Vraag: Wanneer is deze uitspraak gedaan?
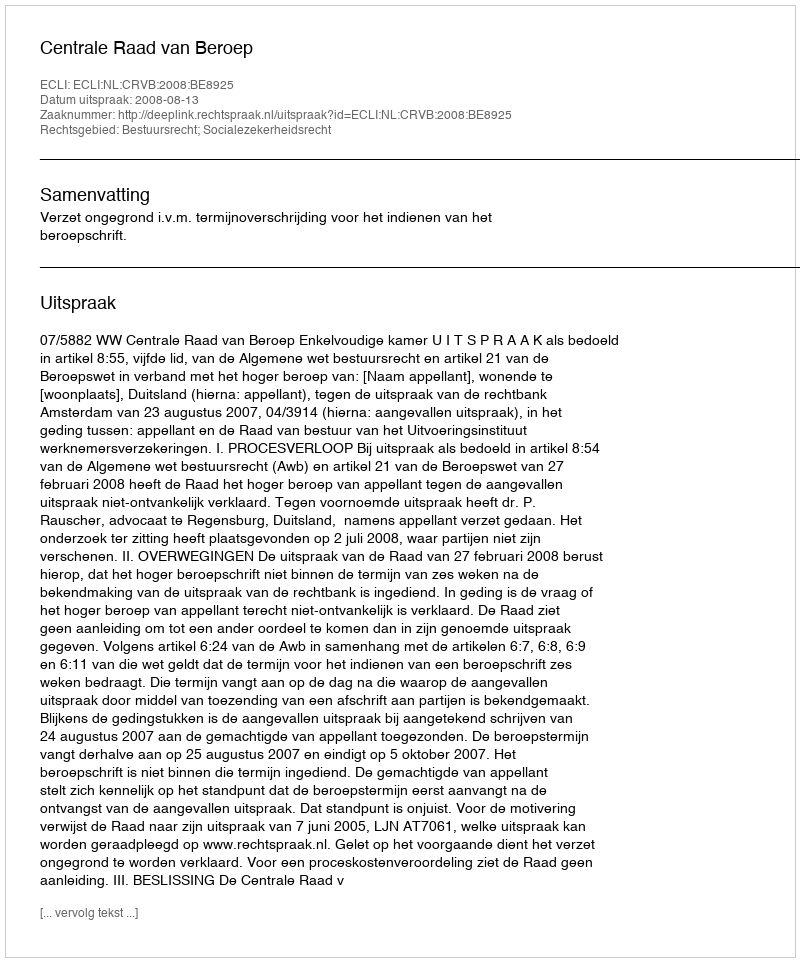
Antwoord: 2008-08-13